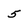
Character: 5